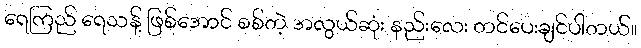
ရေကြည် ရေသန့် ဖြစ်အောင် စစ်တဲ့ အလွယ်ဆုံး နည်းလေး တင်ပေးချင်ပါတယ်။